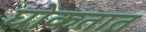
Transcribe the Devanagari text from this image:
घोकतात